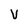
Character: V